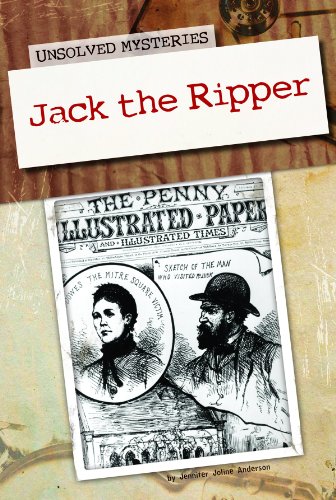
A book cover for Jack the Ripper (Unsolved Mysteries); Jennifer Joline Anderson; Teen & Young Adult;